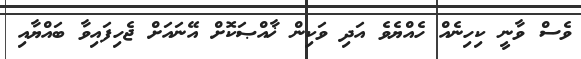
ވެސް ވާނީ ކިހިނެއް ހެއްޔެވެ އަދި ވަކިން ޚާއްޞަކޮށް އޭނައަށް ޖެހިފައިވާ ބައްޔާއި